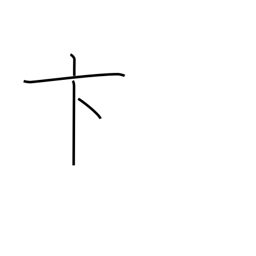
Meaning: hasty